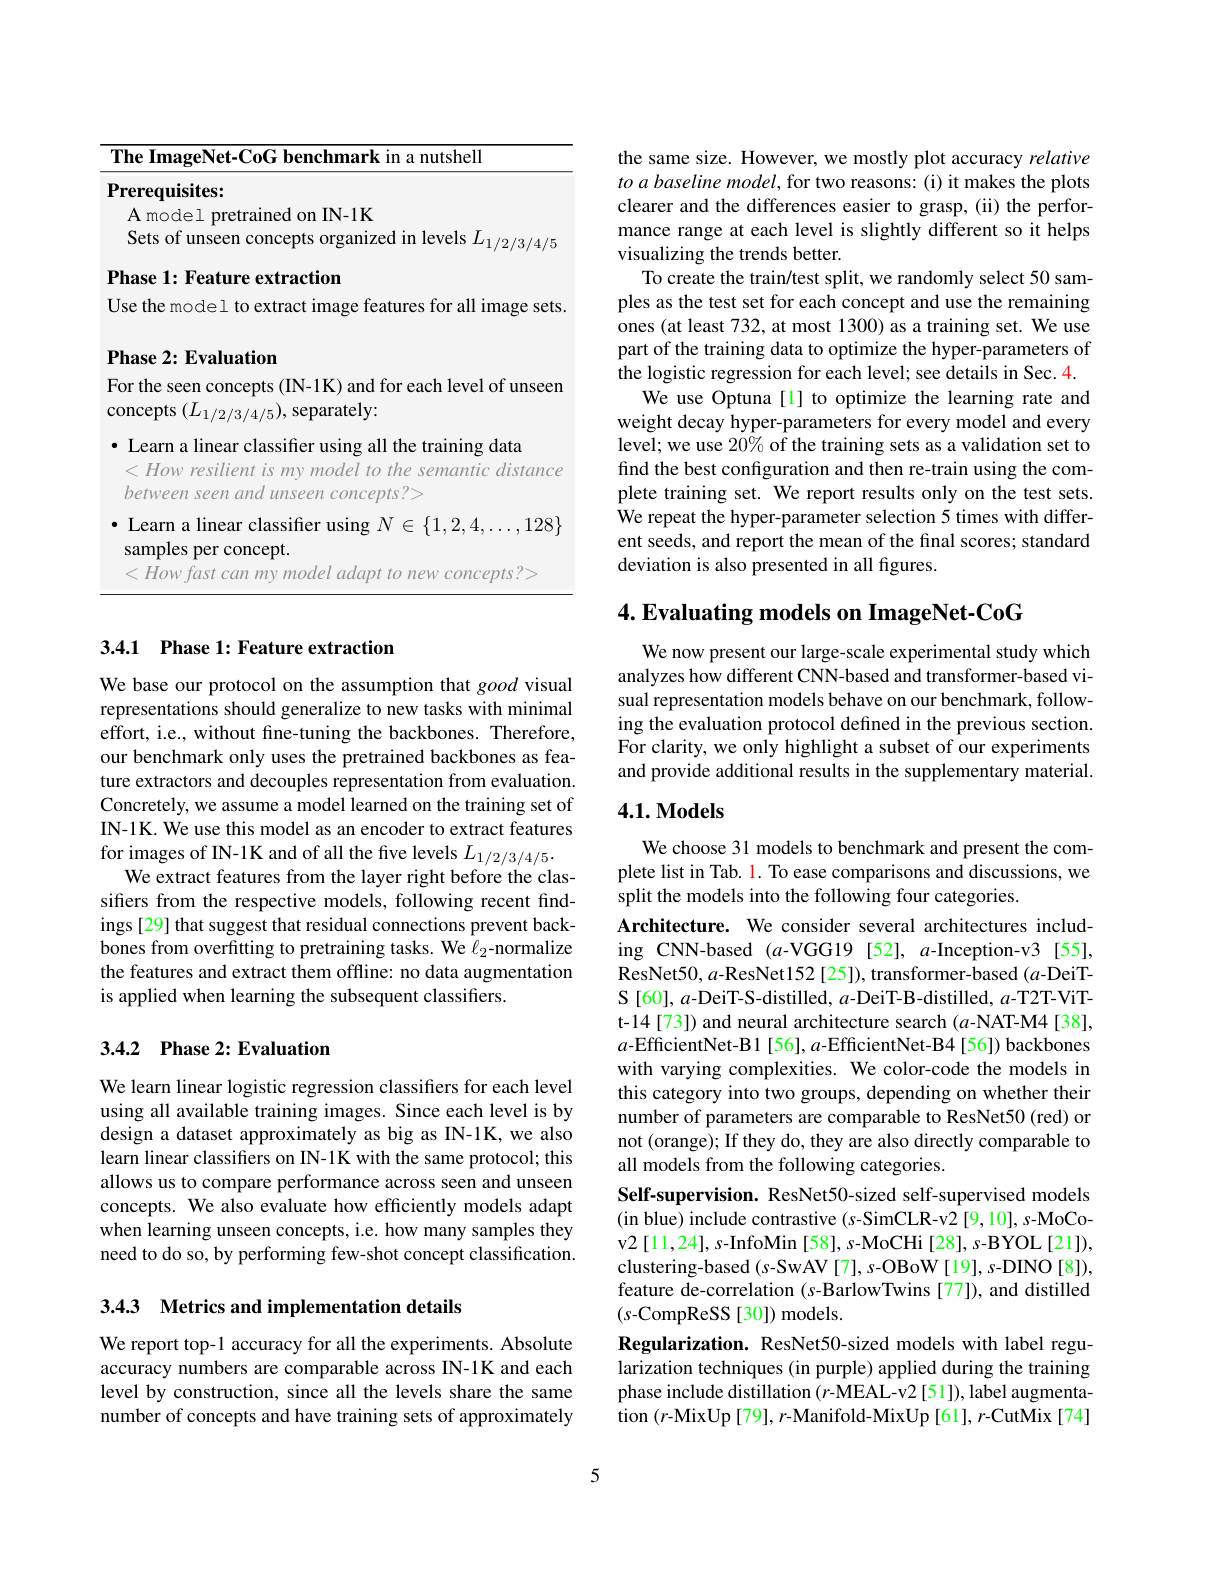
<table>
	<tbody>
		<tr>
			<th>T</th>
			<th>ImageNet-CoG benchmark in a nutshell</th>
		</tr>
		<tr>
			<td>$P$</td>
			<td>${\mathrm{requisites:}}$</td>
		</tr>
		<tr>
			<td> </td>
			<td>$1N-1K$ mAAA $0n$</td>
		</tr>
		<tr>
			<td> </td>
			<td>ets of unseen concepts organized in levels $L_1/2/3/4/5$</td>
		</tr>
		<tr>
			<td>$\mathbf{P}$</td>
			<td>se 1: Feature extraction</td>
		</tr>
		<tr>
			<td>$U$ $\frac{1}{2}=\frac{1}{2}$ $\frac{1}{2}=\frac{1}{2}$</td>
			<td>the model to extract image features for all image sets</td>
		</tr>
		<tr>
			<td>$\mathbf{P}$</td>
			<td>se 2: Evaluation</td>
		</tr>
		<tr>
			<td>$F$ $\mathbf{C}$</td>
			<td>he seen concepts (IN-1K) and for each level of unseen epts $(L_{1/2/3/4/5})$,separately:</td>
		</tr>
		<tr>
			<td> </td>
			<td>earn a linear classifier using all the training data How resilient is my model to the semantic distance</td>
		</tr>
		<tr>
			<td> </td>
			<td>earn a linear classifier using $N\in\{1,2,4,\ldots,128\}$ mples per concept. How fast can my model adapt to new concepts?</td>
		</tr>
	</tbody>
</table>

## 3.4.1 Phase 1: Feature extraction

We base our protocol on the assumption that good visual representations should generalize to new tasks with minimal effort, i.e., without fine-tuning the backbones. Therefore, our benchmark only uses the pretrained backbones as feature extractors and decouples representation from evaluation. Concretely, we assume a model learned on the training set of IN-1K. We use this model as an encoder to extract features for images of IN-1K and of all the five levels $L_{1/2/3/4/5}.$
We extract features from the layer right before the classifiers from the respective models, following recent findings [29] that suggest that residual connections prevent backbones from overfitting to pretraining tasks. We $\ell_2$-normalize the features and extract them offline: no data augmentation is applied when learning the subsequent classifiers

## 3.4.2 Phase 2: Evaluation

We learn linear logistic regression classifiers for each level using all available training images. Since each level is by design a dataset approximately as big as IN-1K, we also learn linear classifers on IN-1K with the same protocol; this allows us to compare performance across seen and unseen concepts. We also evaluate how efficiently models adapt when learning unseen concepts, i.e. how many samples they need to do so, by performing few-shot concept classification.

3.4.3 Metrics and implementation details

We report top-1 accuracy for all the experiments. Absolute accuracy numbers are comparable across IN-1K and each level by construction, since all the levels share the same number of concepts and have training sets of approximately

the same size. However, we mostly plot accuracy relative to a baseline model, for two reasons: (i) it makes the plots clearer and the differences easier to grasp, (ii) the performance range at each level is slightly different so it helps visualizing the trends better.
To create the train/test split, we randomly select 50 samples as the test set for each concept and use the remaining ones (at least 732, at most 1300) as a training set. We use part of the training data to optimize the hyper-parameters of the logistic regression for each level; see details in Sec.4
We use Optuna[1] to optimize the learning rate and weight decay hyper-parameters for every model and every level; we use 20% of the training sets as a validation set to find the best configuration and then re-train using the complete training set. We report results only on the test sets We repeat the hyper-parameter selection 5 times with different seeds, and report the mean of the final scores; standard deviation is also presented in all figures.

# 4. Evaluating models on ImageNet-CoG

We now present our large-scale experimental study which analyzes how different CNN-based and transformer-based visual representation models behave on our benchmark, following the evaluation protocol defined in the previous section. For clarity, we only highlight a subset of our experiments and provide additional results in the supplementary material

### $4. 1. \textbf{Models}$

We choose 31 models to benchmark and present the complete list in Tab. 1. To ease comparisons and discussions, we split the models into the following four categories.
Architecture. We consider several architectures including CNN-based (a-VGG19 [52], a-Inception-v3 [55], ResNet50, a-ResNet152 [25]), transformer-based (a-DeiT- $\mathcal{S}$[60], $a$-DeiT-S-distilled, $a$-DeiT-B-distilled, $a$-T2T-ViTt-14[73]) and neural architecture search (a-NAT-M4[38], $a$-EfficientNet-B1[56], a-EfficientNet-B4[56]) backbones with varying complexities. We color-code the models in this category into two groups, depending on whether their number of parameters are comparable to ResNet50 (red) or not (orange); If they do, they are also directly comparable to all models from the following categories.
Self-supervision. ResNet50-sized self-supervised models (in blue) include contrastive (s-SimCLR-v2 [9,10], s-MoCov2 [ 11, 24] , s- InfoMin [ 58] , s- MoCHi [ 28] , s- BYOL [ 21] ) , clustering-based(s-SwAV[7], s-OBoW[19], s-DINO[8]), feature de-correlation (s-BarlowTwins [77]), and distilled $(s$-CompReSS[30]) models.
Regularization. ResNet50-sized models with label regularization techniques (in purple) applied during the training phase include distillation ($r$-MEAL-v2 [51]), label augmentation $(r$-MixUp[79], $r$-Manifold-MixUp[61], $r$-CutMix[74]

5